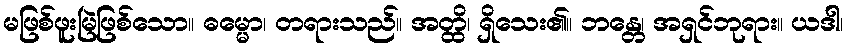
မဖြစ်ဖူးမြဲဖြစ်သော။ ဓမ္မော၊ တရားသည်။ အတ္ထိ၊ ရှိသေး၏။ ဘန္တေ၊ အရှင်ဘုရား။ ယဒါ၊